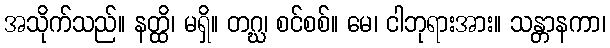
အသိုက်သည်။ နတ္ထိ၊ မရှိ။ တဂ္ဃ၊ စင်စစ်။ မေ၊ ငါဘုရားအား။ သန္တာနကာ၊